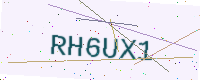
Text: RH6UX1